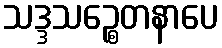
သဒ္ဒသဉ္စေတနာပေ